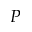
P